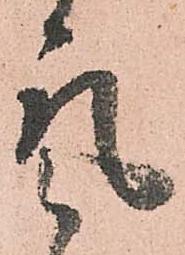
気